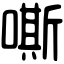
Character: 嘶